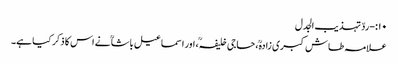
۱۰:-ردّ تہذیب الجدل
علامہ طاش کبری زادہؒ، حاجی خلیفہؒ، اور اسماعیل باشاؒ نے اس کا ذکر کیا ہے۔